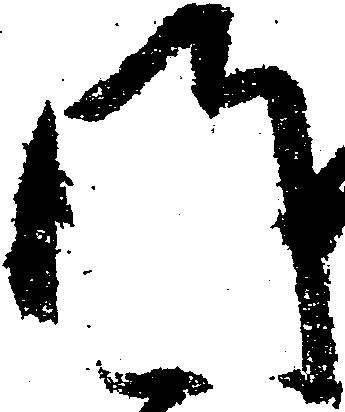
門